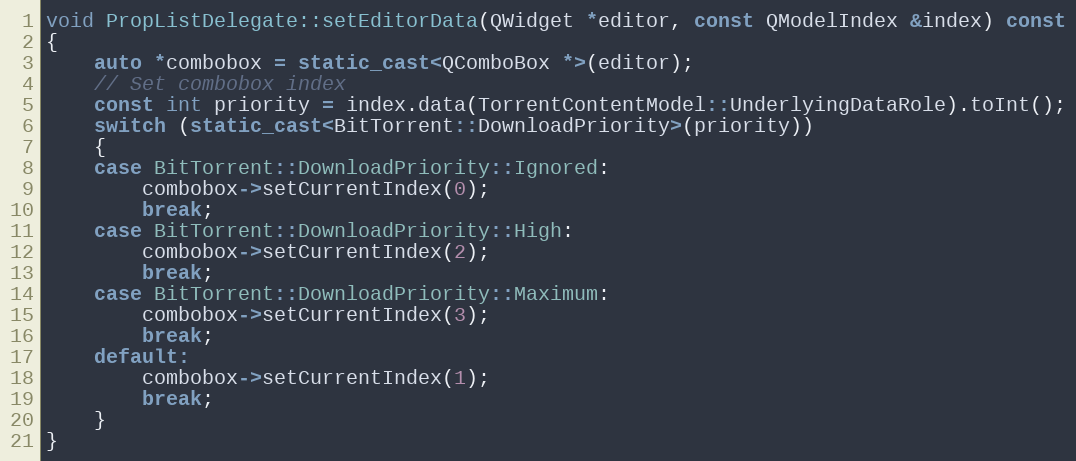
Language: C++
void PropListDelegate::setEditorData(QWidget *editor, const QModelIndex &index) const
{
    auto *combobox = static_cast<QComboBox *>(editor);
    // Set combobox index
    const int priority = index.data(TorrentContentModel::UnderlyingDataRole).toInt();
    switch (static_cast<BitTorrent::DownloadPriority>(priority))
    {
    case BitTorrent::DownloadPriority::Ignored:
        combobox->setCurrentIndex(0);
        break;
    case BitTorrent::DownloadPriority::High:
        combobox->setCurrentIndex(2);
        break;
    case BitTorrent::DownloadPriority::Maximum:
        combobox->setCurrentIndex(3);
        break;
    default:
        combobox->setCurrentIndex(1);
        break;
    }
}